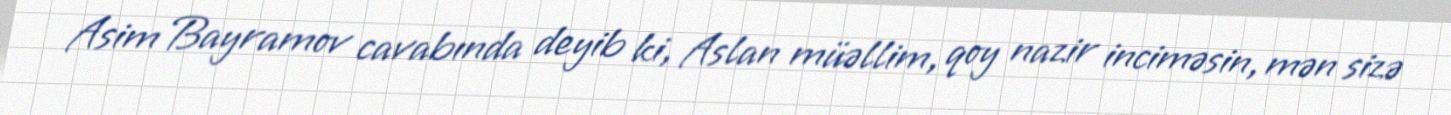
Asim Bayramov cavabında deyib ki, Aslan müəllim, qoy nazir inciməsin, mən sizə